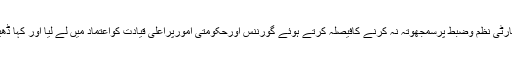
اس سے قبل وزرا کی برطرفی کے بعد وزیراعلیٰ خیبرپختونخوا نے آئندہ پارٹی نظم وضبط پرسمجھوتہ نہ کرنے کافیصلہ کرتے ہوئے گورننس اورحکومتی امورپراعلیٰ قیادت کواعتماد میں لے لیا اور کہا ڈھیل ختم،صوبائی وزرا کو اب پہلے سے زیادہ ذمہ داری سے کام کرنا ہوگا۔